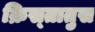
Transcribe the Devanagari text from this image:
क्रिस्‍तातुस